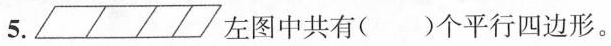
5.▱▱▱▱左图中共有()个平行四边形。